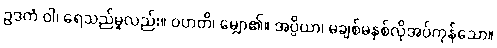
ဥဒကံ ဝါ၊ ရေသည်မူလည်း။ ဝဟတိ၊ မျှော၏။ အပ္ပိယာ၊ မချစ်မနှစ်လိုအပ်ကုန်သော။